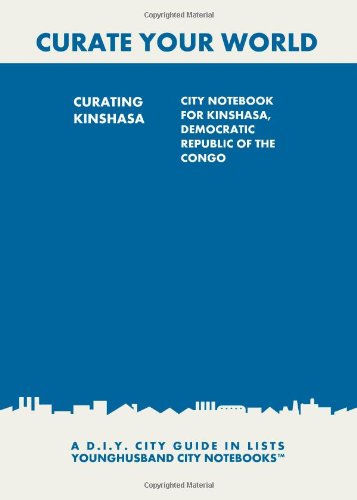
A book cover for Curating Kinshasa: City Notebook For Kinshasa, Democratic Republic of the Congo: A D.I.Y. City Guide In Lists (Curate Your World); Younghusband City Notebooks; Travel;